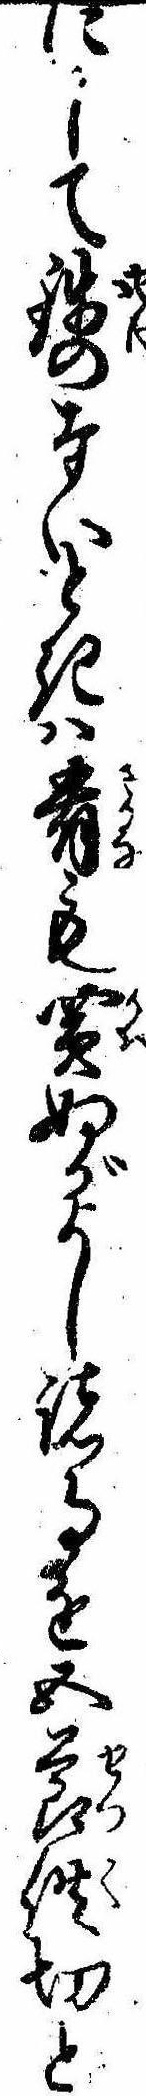
にして銭のないときは肴も買ぬがよし諸事を五節供切と